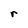
Character: r